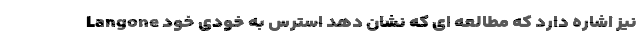
Langone نیز اشاره دارد که مطالعه ای که نشان دهد استرس به خودی خود